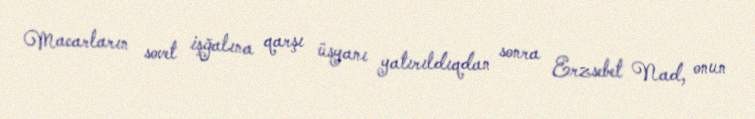
Macarların sovet işğalına qarşı üsyanı yatırıldıqdan sonra Erzsebet Nad, onun